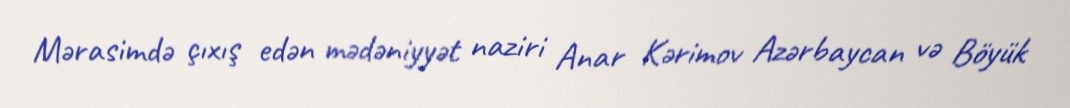
Mərasimdə çıxış edən mədəniyyət naziri Anar Kərimov Azərbaycan və Böyük